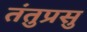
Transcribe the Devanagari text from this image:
तंतुप्रसु